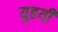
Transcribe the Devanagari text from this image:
युहयी